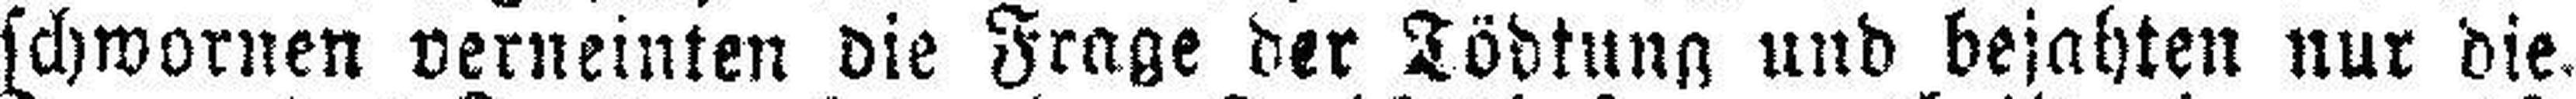
schwornen verneinten die Frage der Tödtung und bejahten nur die